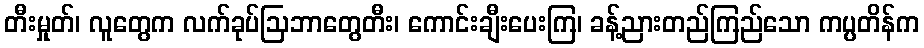
တီးမှုတ်၊ လူတွေက လက်ခုပ်ဩဘာတွေတီး၊ ကောင်းချီးပေးကြ၊ ခန့်ညားတည်ကြည်သော ကပ္ပတိန်က